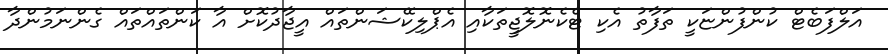
އަލްފަބެޓް ކުންފުންޏަކީ ތަފާތު އެކި ޓެކެނޮލޮޖީތަކާއި އެޕްލިކޭޝަންތައް އީޖާދުކޮށް އާ ކަންތައްތައް ގެންނަމުންދާ